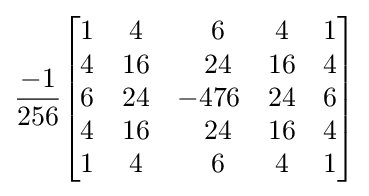
{\frac {-1}{256}}{\begin{bmatrix}1&4&\ \ 6&4&1\\4&16&\ \ 24&16&4\\6&24&-476&24&6\\4&16&\ \ 24&16&4\\1&4&\ \ 6&4&1\end{bmatrix}}